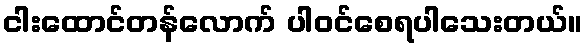
ငါးထောင်တန်လောက် ပါဝင်စေရပါသေးတယ်။